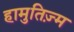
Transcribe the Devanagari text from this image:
हामुतिज़्म